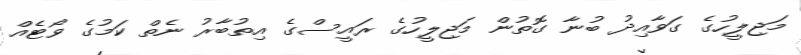
މަޖިލީހުގެ ގަވާއިދު ބުނާ ގޮތުން މަޖިލީހުގެ ރައީސްގެ އިތުބާރު ނެތް ކަމުގެ ވޯޓެއް